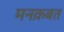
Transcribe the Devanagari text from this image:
मनक़बत